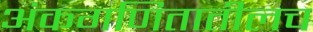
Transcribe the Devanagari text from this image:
अंकगणितातीलच